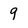
Character: 9